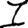
Digit: 1